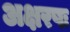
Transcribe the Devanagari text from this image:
अक्षरषः